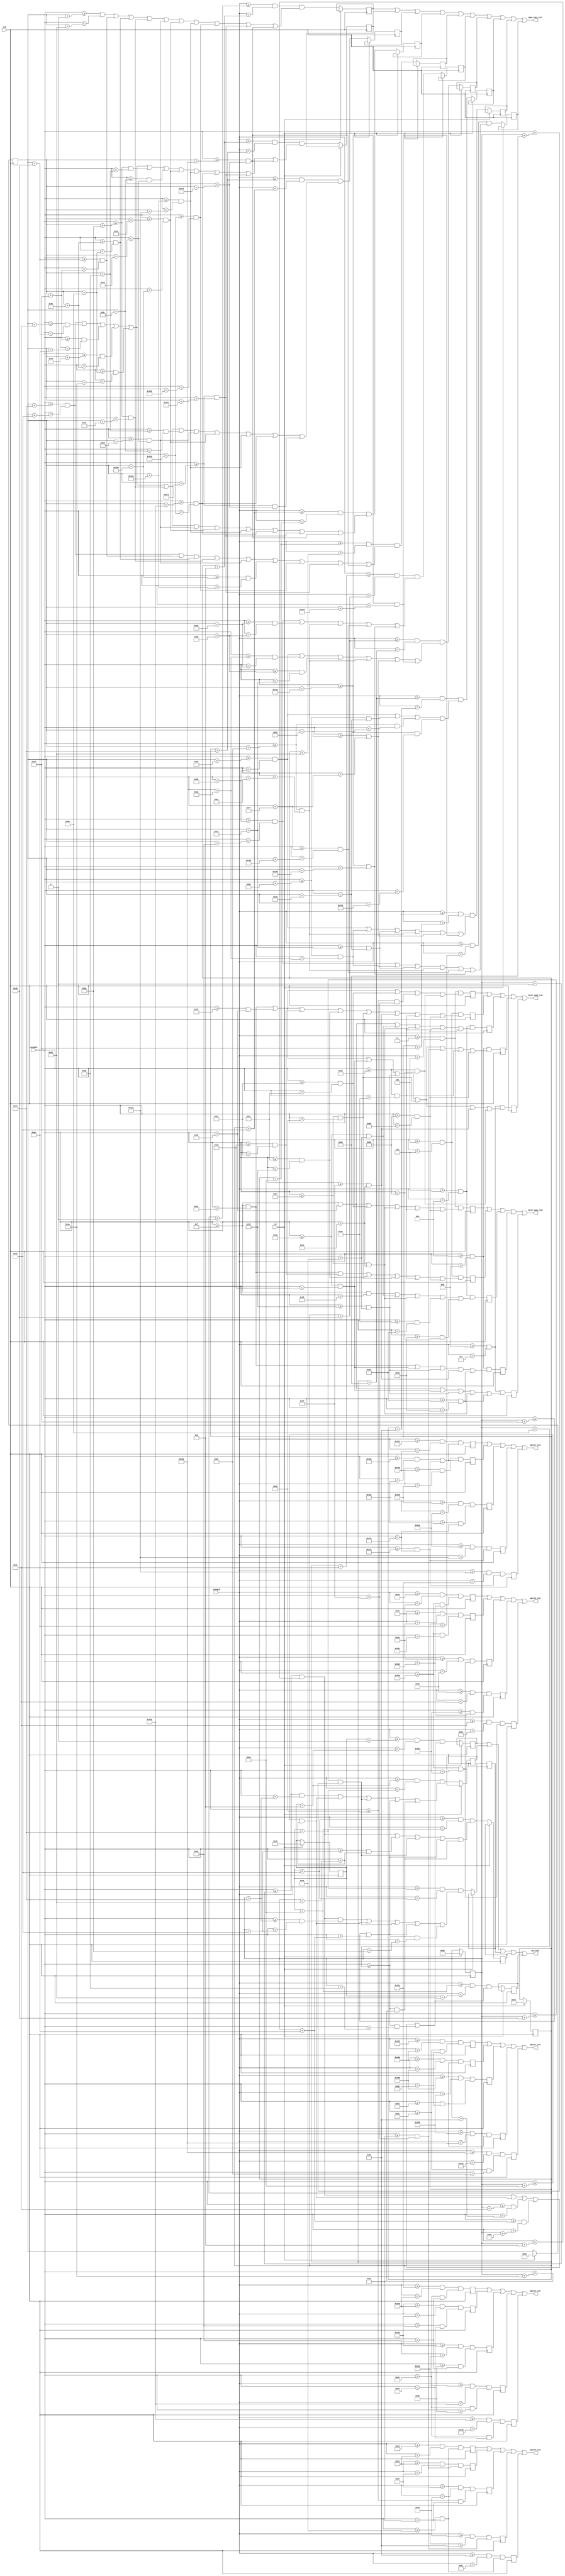
module text(clk,rst,xLength,yLength,game_over_text,win_text,level_num1_text,level_num2_text, apple1_text, apple2_text, apple3_text, apple4_text, apple5_text); 
input clk,rst;
input [9:0]xLength;
input [9:0] yLength;
wire [9:0] xLength;
wire [9:0] yLength;

output game_over_text;
output win_text;
output level_num1_text;
output level_num2_text;


////text if you lose
wire game_over_text;
assign game_over_text = (go1 || go2 || go3 || go4 || go5 || go6 || go7 || go8 || go9 || go10);
reg [9:0] game_overX[0:31];
reg [8:0] game_overY[0:31];


//used to display "TOO MUCH" when game over is triggered
reg go1, go2, go3, go4, go5;


//used to display "CAKE" when game over is triggered
reg go6, go7, go8, go9, go10;


//TOO MUCH is displayed above CAKE and poistioned via the following code
always@(posedge clk) 
	begin	
			if (rst == 1'b1)
				begin
					game_overX[0] = 10'd100;
					game_overY[0] = 9'd200;
					
				end
			else
				begin
					//"TOO MUCH"
					go1 = ((yLength >= (game_overY[0] + 9'd0))  && (yLength < (game_overY[0] + 9'd10)))  &&  ( ( (xLength >= (game_overX[0] + 10'd0)) && (xLength < (game_overX[0] + 10'd50)) ) || ( (xLength >= (game_overX[0] + 10'd70)) && (xLength < (game_overX[0] + 10'd100)) ) || ( (xLength >= (game_overX[0] + 10'd130)) && (xLength < (game_overX[0] + 10'd160)) ) || ( (xLength >= (game_overX[0] + 10'd190)) && (xLength < (game_overX[0] + 10'd200)) ) || ( (xLength >= (game_overX[0] + 10'd230)) && (xLength < (game_overX[0] + 10'd240)) ) || ( (xLength >= (game_overX[0] + 10'd250)) && (xLength < (game_overX[0] + 10'd260)) ) || ( (xLength >= (game_overX[0] + 10'd290)) && (xLength < (game_overX[0] + 10'd300)) ) || ( (xLength >= (game_overX[0] + 10'd320)) && (xLength < (game_overX[0] + 10'd360)) ) || ( (xLength >= (game_overX[0] + 10'd370)) && (xLength < (game_overX[0] + 10'd380)) ) || ( (xLength >= (game_overX[0] + 10'd410)) && (xLength < (game_overX[0] + 10'd420)) ));
					go2 = ((yLength >= (game_overY[0] + 9'd10)) && (yLength < (game_overY[0] + 9'd20)))  &&  ( ( (xLength >= (game_overX[0] + 10'd20)) && (xLength < (game_overX[0] + 10'd30)) ) || ( (xLength >= (game_overX[0] + 10'd60)) && (xLength < (game_overX[0] + 10'd70)) ) || ( (xLength >= (game_overX[0] + 10'd100)) && (xLength < (game_overX[0] + 10'd110)) ) || ( (xLength >= (game_overX[0] + 10'd120)) && (xLength < (game_overX[0] + 10'd130)) ) || ( (xLength >= (game_overX[0] + 10'd160)) && (xLength < (game_overX[0] + 10'd170)) ) || ( (xLength >= (game_overX[0] + 10'd190)) && (xLength < (game_overX[0] + 10'd210)) ) || ( (xLength >= (game_overX[0] + 10'd220)) && (xLength < (game_overX[0] + 10'd240)) ) || ( (xLength >= (game_overX[0] + 10'd250)) && (xLength < (game_overX[0] + 10'd260)) ) || ( (xLength >= (game_overX[0] + 10'd290)) && (xLength < (game_overX[0] + 10'd300)) ) || ( (xLength >= (game_overX[0] + 10'd310)) && (xLength < (game_overX[0] + 10'd320)) ) || ( (xLength >= (game_overX[0] + 10'd370)) && (xLength < (game_overX[0] + 10'd380)) ) || ( (xLength >= (game_overX[0] + 10'd410)) && (xLength < (game_overX[0] + 10'd420)) ));
					go3 = ((yLength >= (game_overY[0] + 9'd20)) && (yLength < (game_overY[0] + 9'd30)))  &&  ( ( (xLength >= (game_overX[0] + 10'd20)) && (xLength < (game_overX[0] + 10'd30)) ) || ( (xLength >= (game_overX[0] + 10'd60)) && (xLength < (game_overX[0] + 10'd70)) ) || ( (xLength >= (game_overX[0] + 10'd100)) && (xLength < (game_overX[0] + 10'd110)) ) || ( (xLength >= (game_overX[0] + 10'd120)) && (xLength < (game_overX[0] + 10'd130)) ) || ( (xLength >= (game_overX[0] + 10'd160)) && (xLength < (game_overX[0] + 10'd170)) ) || ( (xLength >= (game_overX[0] + 10'd190)) && (xLength < (game_overX[0] + 10'd200)) ) || ( (xLength >= (game_overX[0] + 10'd210)) && (xLength < (game_overX[0] + 10'd220)) ) || ( (xLength >= (game_overX[0] + 10'd230)) && (xLength < (game_overX[0] + 10'd240)) ) || ( (xLength >= (game_overX[0] + 10'd250)) && (xLength < (game_overX[0] + 10'd260)) ) || ( (xLength >= (game_overX[0] + 10'd290)) && (xLength < (game_overX[0] + 10'd300)) ) || ( (xLength >= (game_overX[0] + 10'd310)) && (xLength < (game_overX[0] + 10'd320)) ) || ( (xLength >= (game_overX[0] + 10'd370)) && (xLength < (game_overX[0] + 10'd420)) ));
					go4 = ((yLength >= (game_overY[0] + 9'd30)) && (yLength < (game_overY[0] + 9'd40)))  &&  ( ( (xLength >= (game_overX[0] + 10'd20)) && (xLength < (game_overX[0] + 10'd30)) ) || ( (xLength >= (game_overX[0] + 10'd60)) && (xLength < (game_overX[0] + 10'd70)) ) || ( (xLength >= (game_overX[0] + 10'd100)) && (xLength < (game_overX[0] + 10'd110)) ) || ( (xLength >= (game_overX[0] + 10'd120)) && (xLength < (game_overX[0] + 10'd130)) ) || ( (xLength >= (game_overX[0] + 10'd160)) && (xLength < (game_overX[0] + 10'd170)) ) || ( (xLength >= (game_overX[0] + 10'd190)) && (xLength < (game_overX[0] + 10'd200)) ) || ( (xLength >= (game_overX[0] + 10'd230)) && (xLength < (game_overX[0] + 10'd240)) ) || ( (xLength >= (game_overX[0] + 10'd250)) && (xLength < (game_overX[0] + 10'd260)) ) || ( (xLength >= (game_overX[0] + 10'd290)) && (xLength < (game_overX[0] + 10'd300)) ) || ( (xLength >= (game_overX[0] + 10'd310)) && (xLength < (game_overX[0] + 10'd320)) ) || ( (xLength >= (game_overX[0] + 10'd370)) && (xLength < (game_overX[0] + 10'd380)) ) || ( (xLength >= (game_overX[0] + 10'd410)) && (xLength < (game_overX[0] + 10'd420)) ));
					go5 = ((yLength >= (game_overY[0] + 9'd40)) && (yLength < (game_overY[0] + 9'd50)))  &&  ( ( (xLength >= (game_overX[0] + 10'd20)) && (xLength < (game_overX[0] + 10'd30)) ) || ( (xLength >= (game_overX[0] + 10'd70)) && (xLength < (game_overX[0] + 10'd100)) ) || ( (xLength >= (game_overX[0] + 10'd130)) && (xLength < (game_overX[0] + 10'd160)) ) || ( (xLength >= (game_overX[0] + 10'd190)) && (xLength < (game_overX[0] + 10'd200)) ) || ( (xLength >= (game_overX[0] + 10'd230)) && (xLength < (game_overX[0] + 10'd240)) ) || ( (xLength >= (game_overX[0] + 10'd260)) && (xLength < (game_overX[0] + 10'd290)) ) || ( (xLength >= (game_overX[0] + 10'd320)) && (xLength < (game_overX[0] + 10'd360)) ) || ( (xLength >= (game_overX[0] + 10'd370)) && (xLength < (game_overX[0] + 10'd380)) ) || ( (xLength >= (game_overX[0] + 10'd410)) && (xLength < (game_overX[0] + 10'd420)) ));
					
					//"CAKE"
					go6 =  ((yLength >= (game_overY[0] + 9'd60))  && (yLength < (game_overY[0] + 9'd70)))  &&  ( ( (xLength >= (game_overX[0] + 10'd105)) && (xLength < (game_overX[0] + 10'd145)) ) || ( (xLength >= (game_overX[0] + 10'd175)) && (xLength < (game_overX[0] + 10'd185)) ) || ( (xLength >= (game_overX[0] + 10'd215)) && (xLength < (game_overX[0] + 10'd225)) ) || ( (xLength >= (game_overX[0] + 10'd255)) && (xLength < (game_overX[0] + 10'd265)) ) || ( (xLength >= (game_overX[0] + 10'd275)) && (xLength < (game_overX[0] + 10'd325)) ) );
					go7 =  ((yLength >= (game_overY[0] + 9'd70))  && (yLength < (game_overY[0] + 9'd80)))  &&  ( ( (xLength >= (game_overX[0] + 10'd95)) && (xLength < (game_overX[0] + 10'd105)) ) || ( (xLength >= (game_overX[0] + 10'd165)) && (xLength < (game_overX[0] + 10'd175)) ) || ( (xLength >= (game_overX[0] + 10'd185)) && (xLength < (game_overX[0] + 10'd195)) ) || ( (xLength >= (game_overX[0] + 10'd215)) && (xLength < (game_overX[0] + 10'd225)) ) || ( (xLength >= (game_overX[0] + 10'd245)) && (xLength < (game_overX[0] + 10'd255)) ) || ( (xLength >= (game_overX[0] + 10'd275)) && (xLength < (game_overX[0] + 10'd285)) ));
					go8 =  ((yLength >= (game_overY[0] + 9'd80))  && (yLength < (game_overY[0] + 9'd90)))  &&  ( ( (xLength >= (game_overX[0] + 10'd95)) && (xLength < (game_overX[0] + 10'd105)) ) || ( (xLength >= (game_overX[0] + 10'd155)) && (xLength < (game_overX[0] + 10'd205)) ) || ( (xLength >= (game_overX[0] + 10'd215)) && (xLength < (game_overX[0] + 10'd245)) ) || ( (xLength >= (game_overX[0] + 10'd275)) && (xLength < (game_overX[0] + 10'd305)) ));
					go9 =  ((yLength >= (game_overY[0] + 9'd90))  && (yLength < (game_overY[0] + 9'd100))) &&  ( ( (xLength >= (game_overX[0] + 10'd95)) && (xLength < (game_overX[0] + 10'd105)) ) || ( (xLength >= (game_overX[0] + 10'd155)) && (xLength < (game_overX[0] + 10'd165)) ) || ( (xLength >= (game_overX[0] + 10'd195)) && (xLength < (game_overX[0] + 10'd205)) ) || ( (xLength >= (game_overX[0] + 10'd215)) && (xLength < (game_overX[0] + 10'd225)) ) || ( (xLength >= (game_overX[0] + 10'd245)) && (xLength < (game_overX[0] + 10'd255)) ) || ( (xLength >= (game_overX[0] + 10'd275)) && (xLength < (game_overX[0] + 10'd285)) ));
					go10 = ((yLength >= (game_overY[0] + 9'd100)) && (yLength < (game_overY[0] + 9'd110))) &&  ( ( (xLength >= (game_overX[0] + 10'd105)) && (xLength < (game_overX[0] + 10'd145)) ) || ( (xLength >= (game_overX[0] + 10'd155)) && (xLength < (game_overX[0] + 10'd165)) ) || ( (xLength >= (game_overX[0] + 10'd195)) && (xLength < (game_overX[0] + 10'd205)) ) || ( (xLength >= (game_overX[0] + 10'd215)) && (xLength < (game_overX[0] + 10'd225)) ) || ( (xLength >= (game_overX[0] + 10'd255)) && (xLength < (game_overX[0] + 10'd265)) ) || ( (xLength >= (game_overX[0] + 10'd275)) && (xLength < (game_overX[0] + 10'd325)) ));
				end
	end

////win screen 
wire win_text;
assign win_text = (win1 || win2 || win3 || win4 || win5);
reg [9:0] wt_X[0:31];
reg [8:0] wt_Y[0:31];

//After eating all apples, "NICE" is displayed on screen to congratulate the player
reg win1, win2, win3, win4, win5;

always @(posedge clk)
	begin
		if (rst == 1'b1)
			begin
				wt_X[0] = 10'd230;
				wt_Y[0] = 9'd230;
			end
		else
			begin
			//"NICE"
			win1 = ((yLength >= (wt_Y[0] + 9'd0))  && (yLength < (wt_Y[0] + 9'd10)))  && ( ( (xLength >= (wt_X[0] + 10'd0)) && (xLength < (wt_X[0] + 10'd10)) ) || ( (xLength >= (wt_X[0] + 10'd40)) && (xLength < (wt_X[0] + 10'd50)) ) || ( (xLength >= (wt_X[0] + 10'd60)) && (xLength < (wt_X[0] + 10'd90)) ) || ( (xLength >= (wt_X[0] + 10'd110)) && (xLength < (wt_X[0] + 10'd150)) ) || ((xLength >= (wt_X[0] + 10'd160)) && (xLength < (wt_X[0] + 10'd210)) ) );
			win2 = ((yLength >= (wt_Y[0] + 9'd10)) && (yLength < (wt_Y[0] + 9'd20)))  && ( ( (xLength >= (wt_X[0] + 10'd0)) && (xLength < (wt_X[0] + 10'd20)) ) || ( (xLength >= (wt_X[0] + 10'd40)) && (xLength < (wt_X[0] + 10'd50)) ) || ( (xLength >= (wt_X[0] + 10'd70)) && (xLength < (wt_X[0] + 10'd80)) ) || ( (xLength >= (wt_X[0] + 10'd100)) && (xLength < (wt_X[0] + 10'd110)) ) || ((xLength >= (wt_X[0] + 10'd160)) && (xLength < (wt_X[0] + 10'd170)) ) );
			win3 = ((yLength >= (wt_Y[0] + 9'd20)) && (yLength < (wt_Y[0] + 9'd30)))  && ( ( (xLength >= (wt_X[0] + 10'd0)) && (xLength < (wt_X[0] + 10'd10)) ) || ( (xLength >= (wt_X[0] + 10'd20)) && (xLength < (wt_X[0] + 10'd30)) ) || ( (xLength >= (wt_X[0] + 10'd40)) && (xLength < (wt_X[0] + 10'd50)) ) || ( (xLength >= (wt_X[0] + 10'd70)) && (xLength < (wt_X[0] + 10'd80)) ) || ( (xLength >= (wt_X[0] + 10'd100)) && (xLength < (wt_X[0] + 10'd110)) ) || ((xLength >= (wt_X[0] + 10'd160)) && (xLength < (wt_X[0] + 10'd190)) ));
			win4 = ((yLength >= (wt_Y[0] + 9'd30)) && (yLength < (wt_Y[0] + 9'd40)))  && ( ( (xLength >= (wt_X[0] + 10'd0)) && (xLength < (wt_X[0] + 10'd10)) ) || ( (xLength >= (wt_X[0] + 10'd30)) && (xLength < (wt_X[0] + 10'd50)) ) || ( (xLength >= (wt_X[0] + 10'd70)) && (xLength < (wt_X[0] + 10'd80)) ) || ( (xLength >= (wt_X[0] + 10'd100)) && (xLength < (wt_X[0] + 10'd110)) ) || ((xLength >= (wt_X[0] + 10'd160)) && (xLength < (wt_X[0] + 10'd170)) ) );
			win5 = ((yLength >= (wt_Y[0] + 9'd40)) && (yLength < (wt_Y[0] + 9'd50)))  && ( ( (xLength >= (wt_X[0] + 10'd0)) && (xLength < (wt_X[0] + 10'd10)) ) || ( (xLength >= (wt_X[0] + 10'd40)) && (xLength < (wt_X[0] + 10'd50)) ) || ( (xLength >= (wt_X[0] + 10'd60)) && (xLength < (wt_X[0] + 10'd90)) ) || ( (xLength >= (wt_X[0] + 10'd110)) && (xLength < (wt_X[0] + 10'd150)) ) || ((xLength >= (wt_X[0] + 10'd160)) && (xLength < (wt_X[0] + 10'd210)) ) );
			end
	end




//level difficulty////
//displays either "EASY" or "HARD" based on players choice of lvl
//for code lvlone is easy amd lvltwo is hard
wire level_num1_text;
wire level_num2_text;
reg [9:0] level_X[0:31];
reg [8:0] level_Y[0:31];

assign level_num1_text = (lvone1 || lvone2 || lvone3 || lvone4 || lvone5);
assign level_num2_text = (lvtwo1 || lvtwo2 || lvtwo3 || lvtwo4 || lvtwo5);

reg lvone1, lvone2, lvone3, lvone4, lvone5;
reg lvtwo1, lvtwo2, lvtwo3, lvtwo4, lvtwo5;

always @(posedge clk)
	begin
		level_X[0] = 10'd15;
		level_Y[0] = 9'd3;
		//"EASY"
		lvone1 = ((yLength >= (level_Y[0] + 9'd0))  && (yLength < (level_Y[0] + 9'd2)))  && ( ( (xLength >= (level_X[0] + 10'd0)) && (xLength < (level_X[0] + 10'd10)) )  || ( (xLength >= (level_X[0] + 10'd16)) && (xLength < (level_X[0] + 10'd18)) ) || ( (xLength >= (level_X[0] + 10'd24)) && (xLength < (level_X[0] + 10'd34)) ) || ( (xLength >= (level_X[0] + 10'd36)) && (xLength < (level_X[0] + 10'd38)) ) || ( (xLength >= (level_X[0] + 10'd44)) && (xLength < (level_X[0] + 10'd46)) ));
		lvone2 = ((yLength >= (level_Y[0] + 9'd2))  && (yLength < (level_Y[0] + 9'd4)))  && ( ( (xLength >= (level_X[0] + 10'd0)) && (xLength < (level_X[0] + 10'd2)) )  || ( (xLength >= (level_X[0] + 10'd14)) && (xLength < (level_X[0] + 10'd16)) ) || ( (xLength >= (level_X[0] + 10'd18)) && (xLength < (level_X[0] + 10'd20)) ) || ( (xLength >= (level_X[0] + 10'd24)) && (xLength < (level_X[0] + 10'd26)) ) || ( (xLength >= (level_X[0] + 10'd36)) && (xLength < (level_X[0] + 10'd38)) ) || ( (xLength >= (level_X[0] + 10'd44)) && (xLength < (level_X[0] + 10'd46)) ) );
		lvone3 = ((yLength >= (level_Y[0] + 9'd4))  && (yLength < (level_Y[0] + 9'd6)))  && ( ( (xLength >= (level_X[0] + 10'd0)) && (xLength < (level_X[0] + 10'd6)) )  || ( (xLength >= (level_X[0] + 10'd12)) && (xLength < (level_X[0] + 10'd22)) ) || ( (xLength >= (level_X[0] + 10'd24)) && (xLength < (level_X[0] + 10'd34)) ) || ( (xLength >= (level_X[0] + 10'd38)) && (xLength < (level_X[0] + 10'd40)) ) || ( (xLength >= (level_X[0] + 10'd42)) && (xLength < (level_X[0] + 10'd44)) ));
		lvone4 = ((yLength >= (level_Y[0] + 9'd6))  && (yLength < (level_Y[0] + 9'd8)))  && ( ( (xLength >= (level_X[0] + 10'd0)) && (xLength < (level_X[0] + 10'd2)) )  || ( (xLength >= (level_X[0] + 10'd12)) && (xLength < (level_X[0] + 10'd14)) ) || ( (xLength >= (level_X[0] + 10'd20)) && (xLength < (level_X[0] + 10'd22)) ) || ( (xLength >= (level_X[0] + 10'd32)) && (xLength < (level_X[0] + 10'd34)) ) || ( (xLength >= (level_X[0] + 10'd40)) && (xLength < (level_X[0] + 10'd42)) ));
		lvone5 = ((yLength >= (level_Y[0] + 9'd8))  && (yLength < (level_Y[0] + 9'd10))) && ( ( (xLength >= (level_X[0] + 10'd0)) && (xLength < (level_X[0] + 10'd10)) ) || ( (xLength >= (level_X[0] + 10'd12)) && (xLength < (level_X[0] + 10'd14)) ) || ( (xLength >= (level_X[0] + 10'd20)) && (xLength < (level_X[0] + 10'd22)) ) || ( (xLength >= (level_X[0] + 10'd24)) && (xLength < (level_X[0] + 10'd34)) ) || ( (xLength >= (level_X[0] + 10'd40)) && (xLength < (level_X[0] + 10'd42)) )  );
		
		//"HARD"
		lvtwo1 = ((yLength >= (level_Y[0] + 9'd0))  && (yLength < (level_Y[0] + 9'd2)))  && ( ( (xLength >= (level_X[0] + 10'd0)) && (xLength < (level_X[0] + 10'd2)) )  || ( (xLength >= (level_X[0] + 10'd8)) && (xLength < (level_X[0] + 10'd10)) ) || ( (xLength >= (level_X[0] + 10'd16)) && (xLength < (level_X[0] + 10'd18)) ) || ( (xLength >= (level_X[0] + 10'd26)) && (xLength < (level_X[0] + 10'd32)) ) || ( (xLength >= (level_X[0] + 10'd36)) && (xLength < (level_X[0] + 10'd44)) ));
		lvtwo2 = ((yLength >= (level_Y[0] + 9'd2))  && (yLength < (level_Y[0] + 9'd4)))  && ( ( (xLength >= (level_X[0] + 10'd0)) && (xLength < (level_X[0] + 10'd2)) )  || ( (xLength >= (level_X[0] + 10'd8)) && (xLength < (level_X[0] + 10'd10)) ) || ( (xLength >= (level_X[0] + 10'd14)) && (xLength < (level_X[0] + 10'd16)) ) || ( (xLength >= (level_X[0] + 10'd18)) && (xLength < (level_X[0] + 10'd20)) ) || ( (xLength >= (level_X[0] + 10'd24)) && (xLength < (level_X[0] + 10'd26)) ) || ( (xLength >= (level_X[0] + 10'd32)) && (xLength < (level_X[0] + 10'd34)) ) || ( (xLength >= (level_X[0] + 10'd36)) && (xLength < (level_X[0] + 10'd38)) ) || ( (xLength >= (level_X[0] + 10'd44)) && (xLength < (level_X[0] + 10'd46)) ));
		lvtwo3 = ((yLength >= (level_Y[0] + 9'd4))  && (yLength < (level_Y[0] + 9'd6)))  && ( ( (xLength >= (level_X[0] + 10'd0)) && (xLength < (level_X[0] + 10'd10)) )  || ( (xLength >= (level_X[0] + 10'd12)) && (xLength < (level_X[0] + 10'd22)) ) || ( (xLength >= (level_X[0] + 10'd24)) && (xLength < (level_X[0] + 10'd34)) ) || ( (xLength >= (level_X[0] + 10'd36)) && (xLength < (level_X[0] + 10'd38)) ) || ( (xLength >= (level_X[0] + 10'd44)) && (xLength < (level_X[0] + 10'd46)) ));
		lvtwo4 = ((yLength >= (level_Y[0] + 9'd6))  && (yLength < (level_Y[0] + 9'd8)))  && ( ( (xLength >= (level_X[0] + 10'd0)) && (xLength < (level_X[0] + 10'd2)) )  || ( (xLength >= (level_X[0] + 10'd8)) && (xLength < (level_X[0] + 10'd10)) ) || ( (xLength >= (level_X[0] + 10'd12)) && (xLength < (level_X[0] + 10'd14)) ) || ( (xLength >= (level_X[0] + 10'd20)) && (xLength < (level_X[0] + 10'd22)) ) || ( (xLength >= (level_X[0] + 10'd24)) && (xLength < (level_X[0] + 10'd26)) ) || ( (xLength >= (level_X[0] + 10'd30)) && (xLength < (level_X[0] + 10'd32)) ) || ( (xLength >= (level_X[0] + 10'd36)) && (xLength < (level_X[0] + 10'd38)) ) || ( (xLength >= (level_X[0] + 10'd44)) && (xLength < (level_X[0] + 10'd46)) ));
		lvtwo5 = ((yLength >= (level_Y[0] + 9'd8))  && (yLength < (level_Y[0] + 9'd10))) && ( ( (xLength >= (level_X[0] + 10'd0)) && (xLength < (level_X[0] + 10'd2)) ) || ( (xLength >= (level_X[0] + 10'd8)) && (xLength < (level_X[0] + 10'd10)) ) || ( (xLength >= (level_X[0] + 10'd12)) && (xLength < (level_X[0] + 10'd14)) ) || ( (xLength >= (level_X[0] + 10'd20)) && (xLength < (level_X[0] + 10'd22)) ) || ( (xLength >= (level_X[0] + 10'd24)) && (xLength < (level_X[0] + 10'd26)) )  || ( (xLength >= (level_X[0] + 10'd32)) && (xLength < (level_X[0] + 10'd34)) ) || ( (xLength >= (level_X[0] + 10'd36)) && (xLength < (level_X[0] + 10'd44)) ));
		end

//displays numbers on apples
output apple1_text;
output apple2_text;
output apple3_text;
output apple4_text;
output apple5_text;

wire apple1_text;
wire apple2_text;
wire apple3_text;
wire apple4_text;
wire apple5_text;


reg [9:0] apple1_X[0:31];
reg [8:0] apple1_Y[0:31];
reg [9:0] apple2_X[0:31];
reg [8:0] apple2_Y[0:31];
reg [9:0] apple3_X[0:31];
reg [8:0] apple3_Y[0:31];
reg [9:0] apple4_X[0:31];
reg [8:0] apple4_Y[0:31];
reg [9:0] apple5_X[0:31];
reg [8:0] apple5_Y[0:31];

assign apple1_text = (app11 || app12 || app13 || app14 || app15);
assign apple2_text = (app21 || app22 || app23 || app24 || app25);
assign apple3_text = (app31 || app32 || app33 || app34 || app35);
assign apple4_text = (app41 || app42 || app43 || app44 || app45);
assign apple5_text = (app51 || app52 || app53 || app54 || app55);

reg app11, app12, app13, app14, app15;
reg app21, app22, app23, app24, app25;
reg app31, app32, app33, app34, app35;
reg app41, app42, app43, app44, app45;
reg app51, app52, app53, app54, app55;

//Each apple assigned a number based on order collected and positioned below
always @(posedge clk)
	begin
		apple1_X[0] = 10'd205;
		apple1_Y[0] = 9'd400;
		//"1"
		app11 = ((yLength >= (apple1_Y[0] + 9'd2))  && (yLength < (apple1_Y[0] + 9'd4)))  && ( ( (xLength >= (apple1_X[0] + 10'd4)) && (xLength < (apple1_X[0] + 10'd8)) )  );
		app12 = ((yLength >= (apple1_Y[0] + 9'd4))  && (yLength < (apple1_Y[0] + 9'd6)))  && ( ( (xLength >= (apple1_X[0] + 10'd6)) && (xLength < (apple1_X[0] + 10'd8)) ) );
		app13 = ((yLength >= (apple1_Y[0] + 9'd6))  && (yLength < (apple1_Y[0] + 9'd8)))  && ( ( (xLength >= (apple1_X[0] + 10'd6)) && (xLength < (apple1_X[0] + 10'd8)) ) );
		app14 = ((yLength >= (apple1_Y[0] + 9'd8))  && (yLength < (apple1_Y[0] + 9'd10)))  && ( ( (xLength >= (apple1_X[0] + 10'd6)) && (xLength < (apple1_X[0] + 10'd8)) ) );
		app15 = ((yLength >= (apple1_Y[0] + 9'd10))  && (yLength < (apple1_Y[0] + 9'd12))) && ( ( (xLength >= (apple1_X[0] + 10'd4)) && (xLength < (apple1_X[0] + 10'd10)) ));
	
		apple2_X[0] = 10'd135;
		apple2_Y[0] = 9'd300;
		//"2"
		app21 = ((yLength >= (apple2_Y[0] + 9'd2))  && (yLength < (apple2_Y[0] + 9'd4)))  && ( ( (xLength >= (apple2_X[0] + 10'd2)) && (xLength < (apple2_X[0] + 10'd10)) )  );
		app22 = ((yLength >= (apple2_Y[0] + 9'd4))  && (yLength < (apple2_Y[0] + 9'd6)))  && ( ( (xLength >= (apple2_X[0] + 10'd10)) && (xLength < (apple2_X[0] + 10'd12)) ) );
		app23 = ((yLength >= (apple2_Y[0] + 9'd6))  && (yLength < (apple2_Y[0] + 9'd8)))  && ( ( (xLength >= (apple2_X[0] + 10'd4)) && (xLength < (apple2_X[0] + 10'd10)) ) );
		app24 = ((yLength >= (apple2_Y[0] + 9'd8))  && (yLength < (apple2_Y[0] + 9'd10)))  && ( ( (xLength >= (apple2_X[0] + 10'd2)) && (xLength < (apple2_X[0] + 10'd4)) ) );
		app25 = ((yLength >= (apple2_Y[0] + 9'd10))  && (yLength < (apple2_Y[0] + 9'd12))) && ( ( (xLength >= (apple2_X[0] + 10'd2)) && (xLength < (apple2_X[0] + 10'd12)) ));
	
		apple3_X[0] = 10'd35;
		apple3_Y[0] = 9'd80;
		//"3"
		app31 = ((yLength >= (apple3_Y[0] + 9'd2))  && (yLength < (apple3_Y[0] + 9'd4)))  && ( ( (xLength >= (apple3_X[0] + 10'd2)) && (xLength < (apple3_X[0] + 10'd10)) )  );
		app32 = ((yLength >= (apple3_Y[0] + 9'd4))  && (yLength < (apple3_Y[0] + 9'd6)))  && ( ( (xLength >= (apple3_X[0] + 10'd10)) && (xLength < (apple3_X[0] + 10'd12)) ) );
		app33 = ((yLength >= (apple3_Y[0] + 9'd6))  && (yLength < (apple3_Y[0] + 9'd8)))  && ( ( (xLength >= (apple3_X[0] + 10'd6)) && (xLength < (apple3_X[0] + 10'd10)) ) );
		app34 = ((yLength >= (apple3_Y[0] + 9'd8))  && (yLength < (apple3_Y[0] + 9'd10)))  && ( ( (xLength >= (apple3_X[0] + 10'd10)) && (xLength < (apple3_X[0] + 10'd12)) ) );
		app35 = ((yLength >= (apple3_Y[0] + 9'd10))  && (yLength < (apple3_Y[0] + 9'd12))) && ( ( (xLength >= (apple3_X[0] + 10'd2)) && (xLength < (apple3_X[0] + 10'd10)) ));
	
		apple4_X[0] = 10'd440;
		apple4_Y[0] = 9'd290;
		//"4"
		app41 = ((yLength >= (apple4_Y[0] + 9'd2))  && (yLength < (apple4_Y[0] + 9'd4)))  && ( ( (xLength >= (apple4_X[0] + 10'd2)) && (xLength < (apple4_X[0] + 10'd4)) )  || ( (xLength >= (apple4_X[0] + 10'd10)) && (xLength < (apple4_X[0] + 10'd12)) ) );
		app42 = ((yLength >= (apple4_Y[0] + 9'd4))  && (yLength < (apple4_Y[0] + 9'd6)))  && ( ( (xLength >= (apple4_X[0] + 10'd2)) && (xLength < (apple4_X[0] + 10'd4)) ) || ( (xLength >= (apple4_X[0] + 10'd10)) && (xLength < (apple4_X[0] + 10'd12)) ) );
		app43 = ((yLength >= (apple4_Y[0] + 9'd6))  && (yLength < (apple4_Y[0] + 9'd8)))  && ( ( (xLength >= (apple4_X[0] + 10'd4)) && (xLength < (apple4_X[0] + 10'd12)) ) );
		app44 = ((yLength >= (apple4_Y[0] + 9'd8))  && (yLength < (apple4_Y[0] + 9'd10)))  && ( ( (xLength >= (apple4_X[0] + 10'd10)) && (xLength < (apple4_X[0] + 10'd12)) ) );
		app45 = ((yLength >= (apple4_Y[0] + 9'd10))  && (yLength < (apple4_Y[0] + 9'd12))) && ( ( (xLength >= (apple4_X[0] + 10'd10)) && (xLength < (apple4_X[0] + 10'd12)) ));
	
		apple5_X[0] = 10'd600;
		apple5_Y[0] = 9'd50;
		//"5"
		app51 = ((yLength >= (apple5_Y[0] + 9'd2))  && (yLength < (apple5_Y[0] + 9'd4)))  && ( ( (xLength >= (apple5_X[0] + 10'd2)) && (xLength < (apple5_X[0] + 10'd12)) )  );
		app52 = ((yLength >= (apple5_Y[0] + 9'd4))  && (yLength < (apple5_Y[0] + 9'd6)))  && ( ( (xLength >= (apple5_X[0] + 10'd2)) && (xLength < (apple5_X[0] + 10'd4)) ) );
		app53 = ((yLength >= (apple5_Y[0] + 9'd6))  && (yLength < (apple5_Y[0] + 9'd8)))  && ( ( (xLength >= (apple5_X[0] + 10'd2)) && (xLength < (apple5_X[0] + 10'd10)) ) );
		app54 = ((yLength >= (apple5_Y[0] + 9'd8))  && (yLength < (apple5_Y[0] + 9'd10)))  && ( ( (xLength >= (apple5_X[0] + 10'd10)) && (xLength < (apple5_X[0] + 10'd12)) ) );
		app55 = ((yLength >= (apple5_Y[0] + 9'd10))  && (yLength < (apple5_Y[0] + 9'd12))) && ( ( (xLength >= (apple5_X[0] + 10'd2)) && (xLength < (apple5_X[0] + 10'd10)) ));
	
	end

endmodule